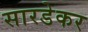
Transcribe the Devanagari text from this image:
सारडेकर